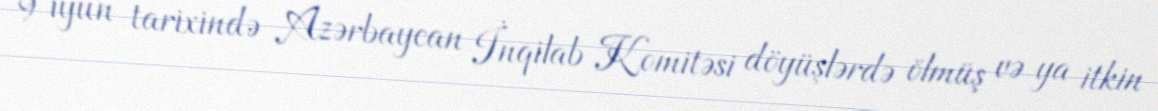
9 iyun tarixində Azərbaycan İnqilab Komitəsi döyüşlərdə ölmüş və ya itkin